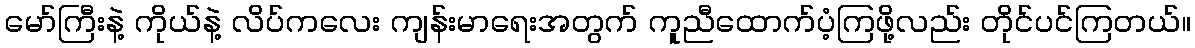
မော်ကြီးနဲ့ ကိုယ်နဲ့ လိပ်ကလေး ကျန်းမာရေးအတွက် ကူညီထောက်ပံ့ကြဖို့လည်း တိုင်ပင်ကြတယ်။